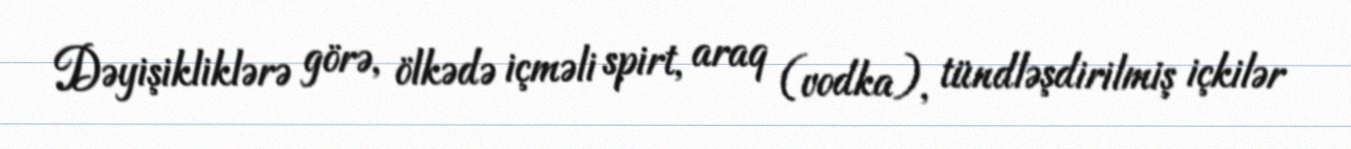
Dəyişikliklərə görə, ölkədə içməli spirt, araq (vodka), tündləşdirilmiş içkilər